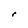
Character: r